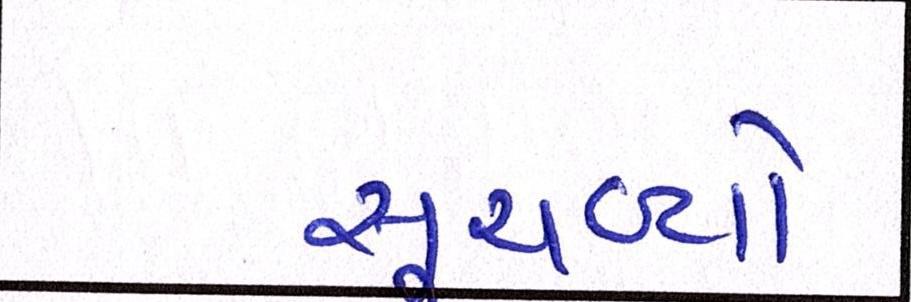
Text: સૂચવ્યો